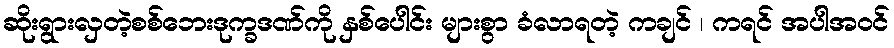
ဆိုးရွားလှတဲ့စစ်ဘေးဒုက္ခဒဏ်ကို နှစ်ပေါင်း များစွာ ခံလာရတဲ့ ကချင် ၊ ကရင် အပါအဝင်